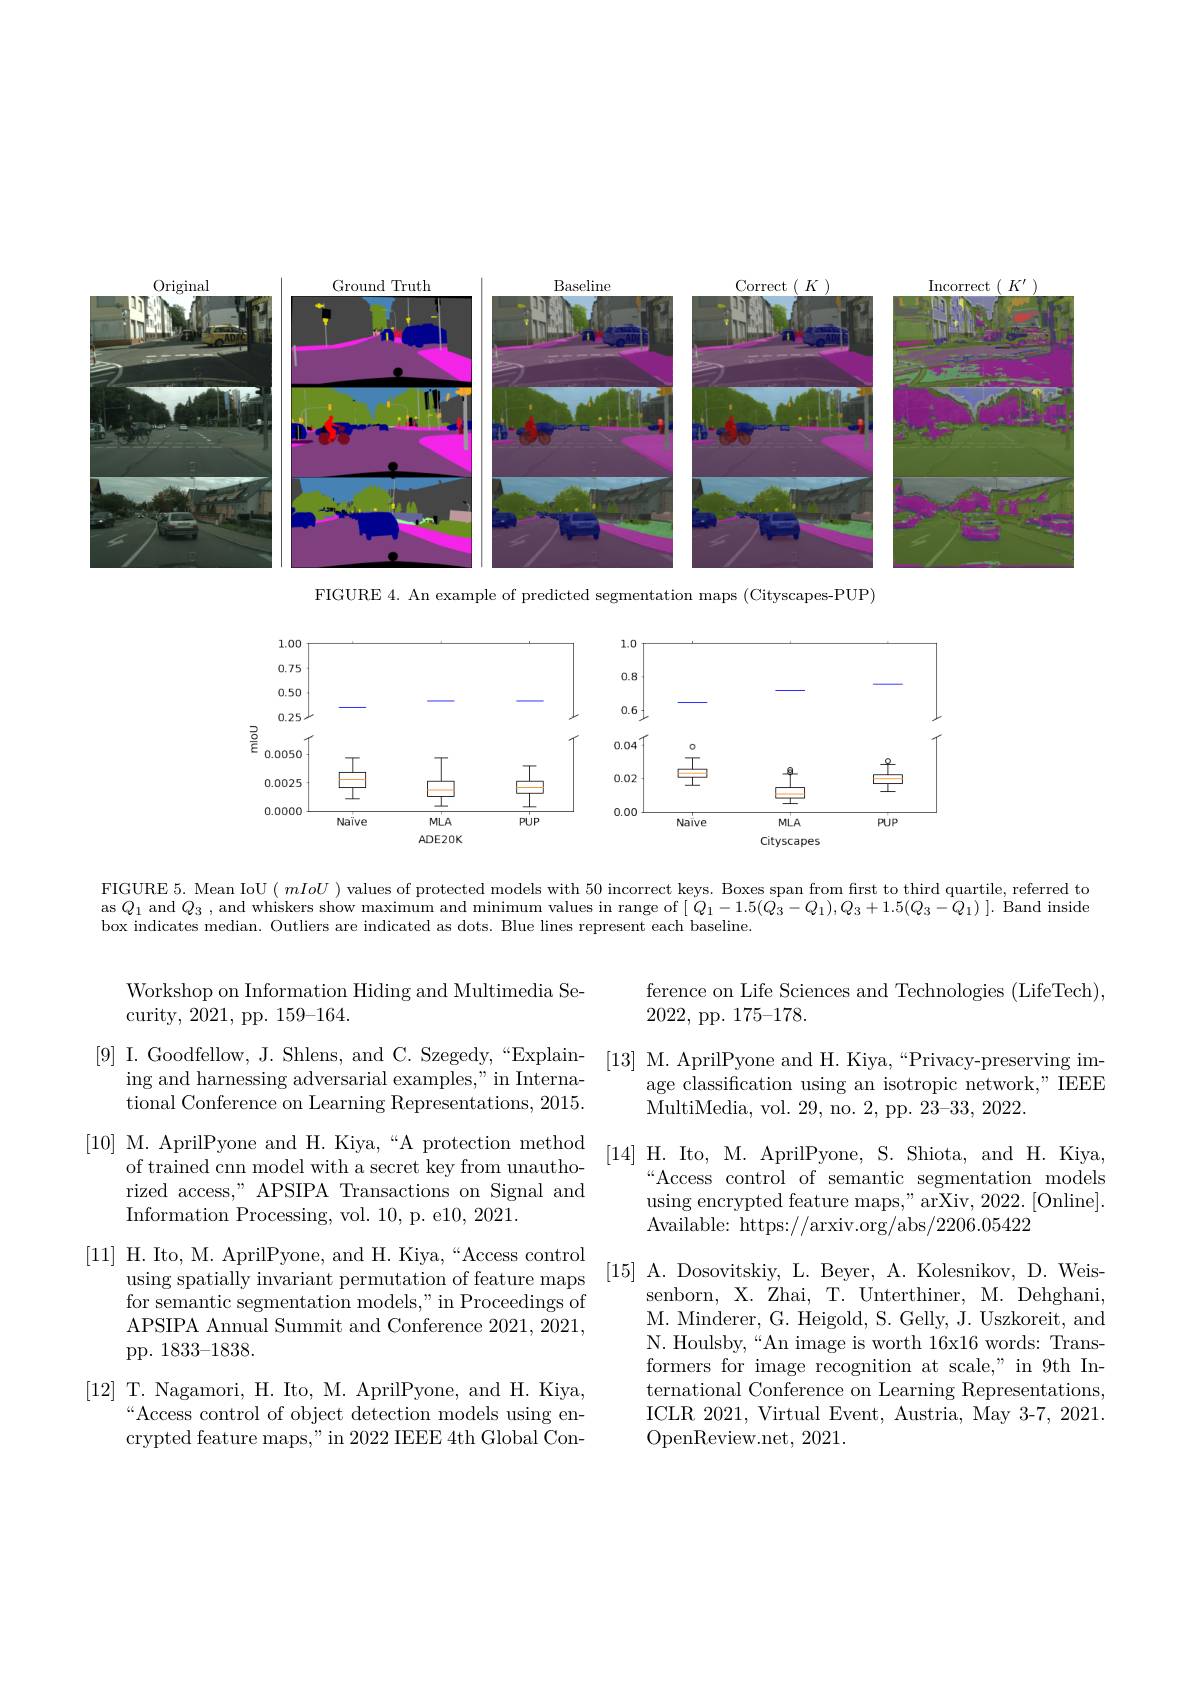
<FigureHere>

FIGURE 4. An example of predicted segmentation maps (Cityscapes-PUP)

<FigureHere>

FIGURE 5. Mean IoU $(mIoU$ ) values of protected models with 50 incorrect keys. Boxes span from first to third quartile, referred to as $Q_1$ and $Q_3$, and whiskers show maximum and minimum values in range of $[\ddot{Q}_1-1.5(Q_3-Q_1),Q_3+1.5(Q_3-Q_1)].$ Band inside box indicates median. Outliers are indicated as dots. Blue lines represent each baseline.

ference on Life Sciences and Technologies (LifeTech),
2022, pp. 175-178.
[13] M. AprilPyone and H. Kiya,“Privacy-preserving im-
age classification using an isotropic network," IEEE
MultiMedia, vol. 29, no. 2, pp. 23- 33, 2022.
[10] M. AprilPyone and H. Kiya,“A protection method [14] H. Ito, M. AprilPyone, S. Shiota, and H. Kiya,
“Access control of semantic segmentation models using encrypted feature maps," arXiv, 2022.[Online]. Available: https://arxiv.org/abs/2206.05422
[15] A. Dosovitskiy, L. Beyer, A. Kolesnikov, D. Weis-

Workshop on Information Hiding and Multimedia Se-
curity, 2021, pp. 159-164.
[9] I. Goodfellow, J. Shlens, and C. Szegedy,“Explain-
ing and harnessing adversarial examples," in International Conference on Learning Representations, 2015. of trained cnn model with a secret key from unauthorized access," APSIPA Transactions on Signal and Information Processing, vol. 10, p. e10,2021.
[11] H. Ito, M. AprilPyone, and H. Kiya,“Access control
using spatially invariant permutation of feature maps for semantic segmentation models," in Proceedings of APSIPA Annual Summit and Conference 2021, 2021, pp. 1833-1838.
[12] T. Nagamori, H. Ito, M. AprilPyone, and H. Kiya,
“Access control of object detection models using encrypted feature maps," in 2022 IEEE 4th Global Con-

senborn, X. Zhai, T. Unterthiner, M. Dehghani, M. Minderer, G. Heigold, S. Gelly, J. Uszkoreit, and N. Houlsby,“An image is worth 16x16 words: Transformers for image recognition at scale," in 9th International Conference on Learning Representations, ICLR 2021, Virtual Event, Austria, May 3-7, 2021. OpenReview. net, 2021.